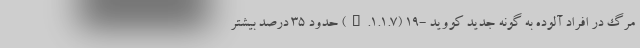
مرگ در افراد آلوده به گونه جدید کووید -۱۹ (B.۱.۱.۷) حدود ۳۵ درصد بیشتر